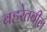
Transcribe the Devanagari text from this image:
बहरेतबील